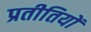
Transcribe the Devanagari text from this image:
प्रतीतियों